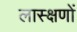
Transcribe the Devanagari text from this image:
लास्क्षणों